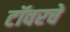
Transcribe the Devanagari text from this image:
टॉवरचे